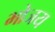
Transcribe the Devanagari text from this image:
भोजय